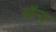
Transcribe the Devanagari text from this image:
सॉन्य्